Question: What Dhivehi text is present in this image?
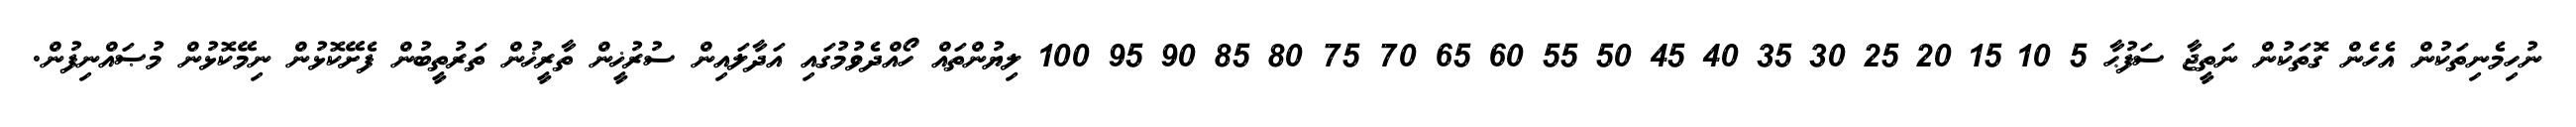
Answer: ނުހިމެނިތަކުން އެހެން ގޮތަކުން ނަތީޖާ ސަފުޙާ 5 10 15 20 25 30 35 40 45 50 55 60 65 70 75 80 85 90 95 100 ލިޔުންތައް ހޯއްދެވުމުގައި އަދާލައިން ސުރުޚީން ތާރީޚުން ތަރުތީބުން ފެށޭކޮޅުން ނިމޭކޮޅުން މުޞައްނިފުން.